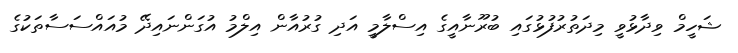
ޝަހީމް ވިދާޅުވީ މިދަތުރުފުޅުގައި ބުރޫނާއީގެ އިސްލާމީ އަދި ގުރުއާން އިލްމު އުގަންނައިދޭ މުއައްސަސާތަކުގެ